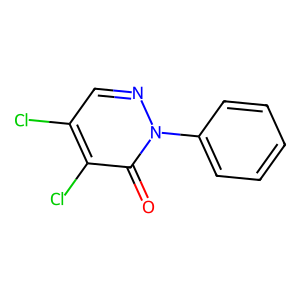
SMILES: O=c1c(Cl)c(Cl)cnn1-c1ccccc1
Inhibits HIV replication: No